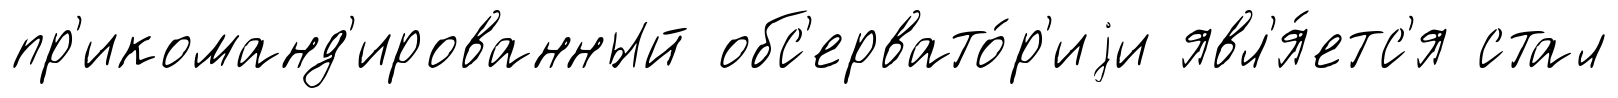
пр'икоманд'ированный обс'ервато́р'иjи явл'я́етс'я стал